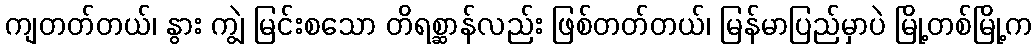
ကျတတ်တယ်၊ နွား ကျွဲ မြင်းစသော တိရစ္ဆာန်လည်း ဖြစ်တတ်တယ်၊ မြန်မာပြည်မှာပဲ မြို့တစ်မြို့က